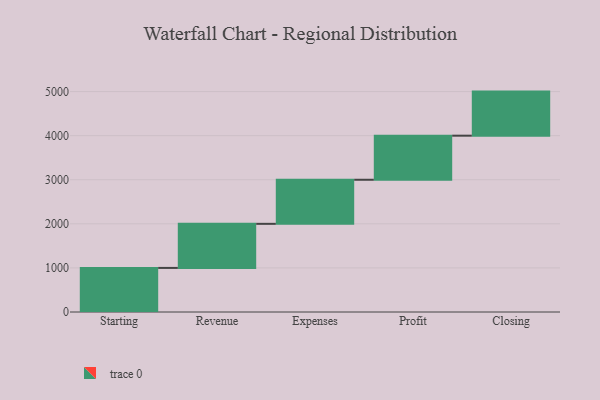
{"axis": {"x": "Step", "y": "Value"}, "legend": [""], "data": [{"x": "Starting", "y": 1000, "type": ""}, {"x": "Revenue", "y": 1000, "type": ""}, {"x": "Expenses", "y": 1000, "type": ""}, {"x": "Profit", "y": 1000, "type": ""}, {"x": "Closing", "y": 1000, "type": ""}]}